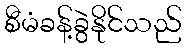
စီမံခန့်ခွဲနိုင်သည်